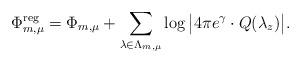
LaTeX: \begin{align*}\Phi^\mathrm{reg} _{ m,\mu } =\Phi _{ m,\mu } + \sum_{\lambda \in \Lambda_{m,\mu}} \log \big| 4\pi e^\gamma \cdot Q(\lambda_z )\big|.\end{align*}